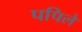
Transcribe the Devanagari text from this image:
पपिले